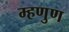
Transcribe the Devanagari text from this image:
म्हणुण